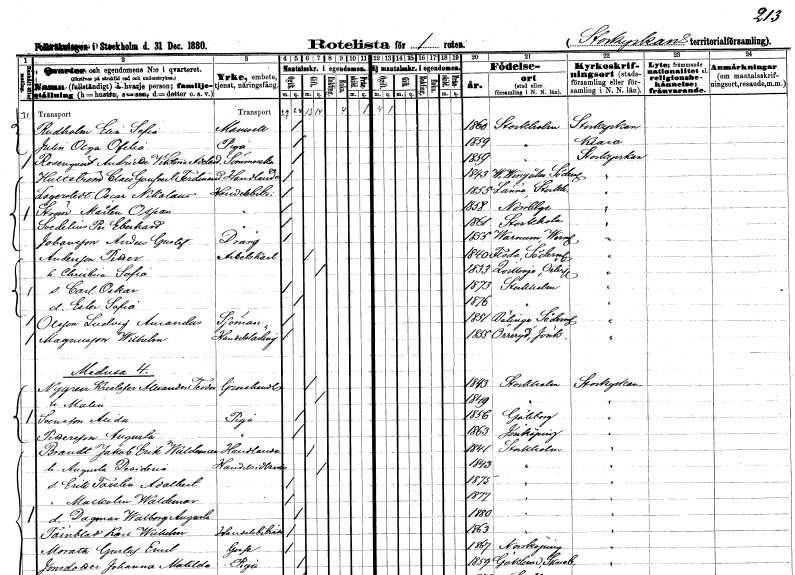
gt_parse: households: individuals: FN: Elin Sofia
EN: Rudholm
KON: K
CIV: O
FODAR: 1860
FODFORS: Stockholm
FN: Olga Ofelia
EN: Julin
YRKE: Piga
KON: K
CIV: O
FODAR: 1859
FODFORS: Stockholm
FN: Andrietta Viktoria Adelaide
EN: Rosenqvist
YRKE: Sömmerska
KON: K
CIV: O
FODAR: 1859
FODFORS: Stockholm
FN: Claes Goufver Ferdinand
EN: Hultström
KON: M
CIV: O
FODAR: 1843
FODFORS: Västra Vingåker Södermanlands län
FN: Oscar Nikolaus
EN: Lagerstedt
YRKE: Handelsbiträde
KON: M
CIV: O
FODAR: 1855
FODFORS: Länna Stockholms län
FN: Mårten Ossian
EN: Ström
YRKE: Handelsbiträde
KON: M
CIV: O
FODAR: 1858
FODFORS: Norrtälje Stockholms län
FN: Per Eberhard
EN: Svedelius
YRKE: Handelsbiträde
KON: M
CIV: O
FODAR: 1861
FODFORS: Stockholm
FN: Anders Gustaf
EN: Johansson
YRKE: Dräng
KON: M
CIV: O
FODAR: 1855
FODFORS: Varnum Värmlands län
FN: Petter
EN: Andersson
YRKE: Arbetskarl
KON: M
CIV: G
FODAR: 1840
FODFORS: Floda Södermanlands län
FN: Christina Sofia
KON: K
CIV: G
FODAR: 1833
FODFORS: Kvillinge Östergötlands län
FN: Carl Oskar
KON: M
CIV: O
FODAR: 1873
FODFORS: Stockholm
FN: Ester Sofia
KON: K
CIV: O
FODAR: 1876
FODFORS: Stockholm
FN: Ludvig Amandus
EN: Olsson
YRKE: Sjöman
KON: M
CIV: O
FODAR: 1851
FODFORS: Bälinge Södermanlands län
FN: Wilhelm
EN: Magnusson
YRKE: Handelslärling
KON: M
CIV: O
FODAR: 1855
FODFORS: Öreryd Jönköpings län
FN: Kristofer Alexander Teodor
EN: Nygren
YRKE: Grosshandlare
KON: M
CIV: G
FODAR: 1843
FODFORS: Stockholm
FN: Malin
KON: K
CIV: G
FODAR: 1849
FODFORS: Stockholm
FN: Alida
EN: Svensson
YRKE: Piga
KON: K
CIV: O
FODAR: 1856
FODFORS: Göteborg Göteborgs- och Bohuslän
FN: Augusta
EN: Pettersson
YRKE: Piga
KON: K
CIV: O
FODAR: 1863
FODFORS: Jönköping Jönköpings län
FN: Jakob Waldemar
EN: Brandt
YRKE: Handlande
KON: M
CIV: G
FODAR: 1841
FODFORS: Stockholm
FN: Augusta Desideria
YRKE: Handelsidkerska
KON: K
CIV: G
FODAR: 1843
FODFORS: Stockholm
FN: Erik Torsten Adelbert
KON: M
CIV: O
FODAR: 1875
FODFORS: Stockholm
FN: Malkolm Waldemar
KON: M
CIV: O
FODAR: 1877
FODFORS: Stockholm